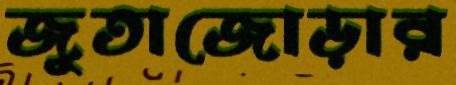
জুতাজোড়ার